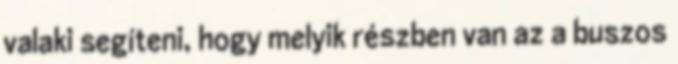
valaki segíteni, hogy melyik részben van az a buszos